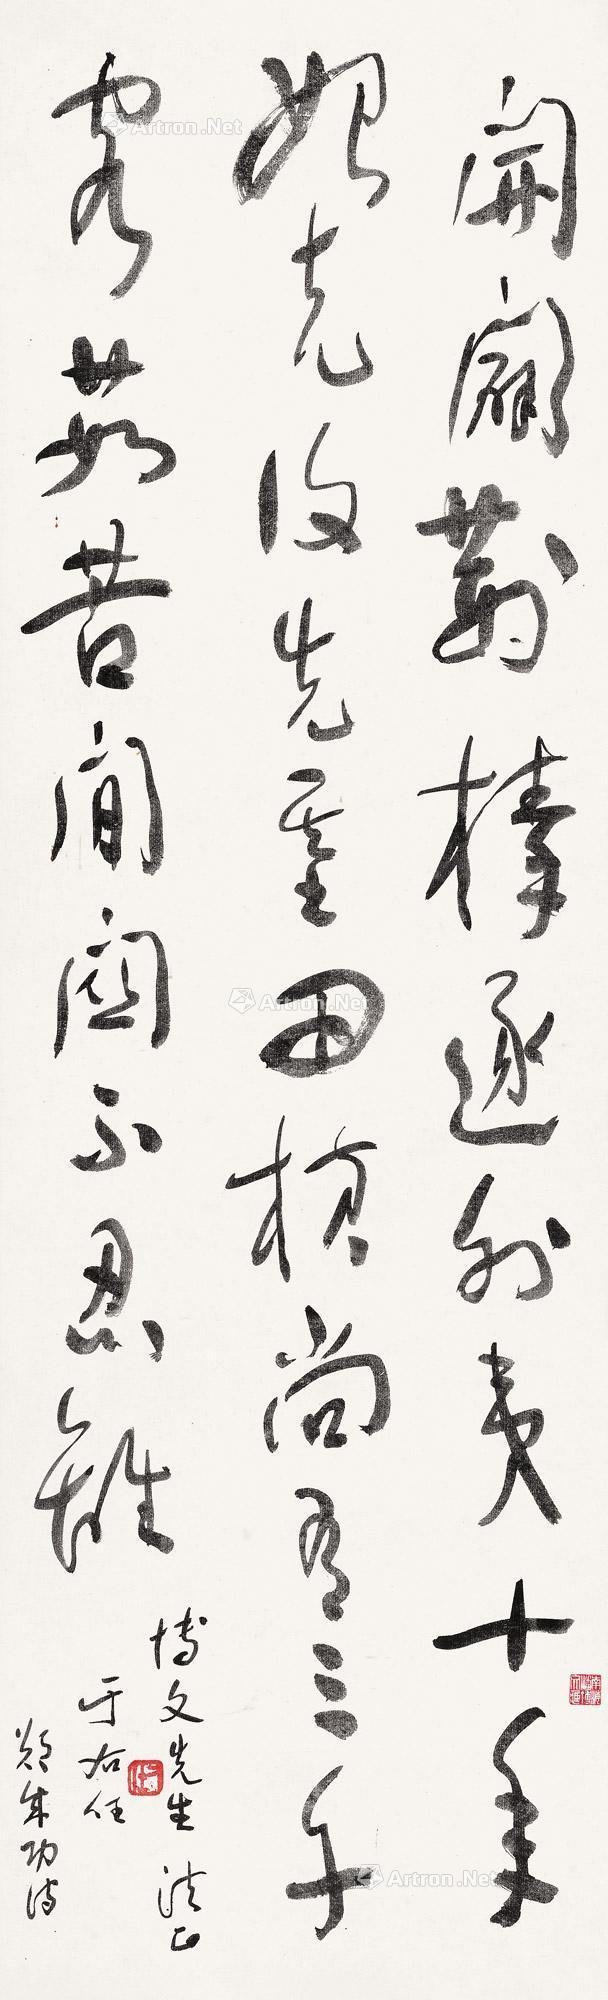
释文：开辟荆榛逐外夷，十年始克复先基。田横尚有三千客，茹苦间关不忍离。博文先生清正，于右任。郑成功诗。